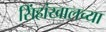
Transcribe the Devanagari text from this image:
सिंहांखालच्या